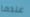
عندما